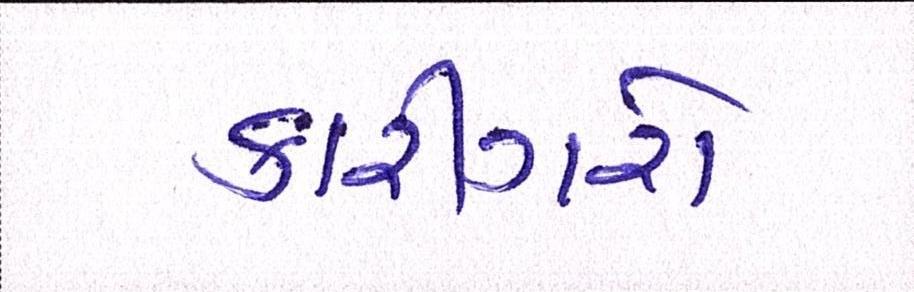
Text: કારીગરો